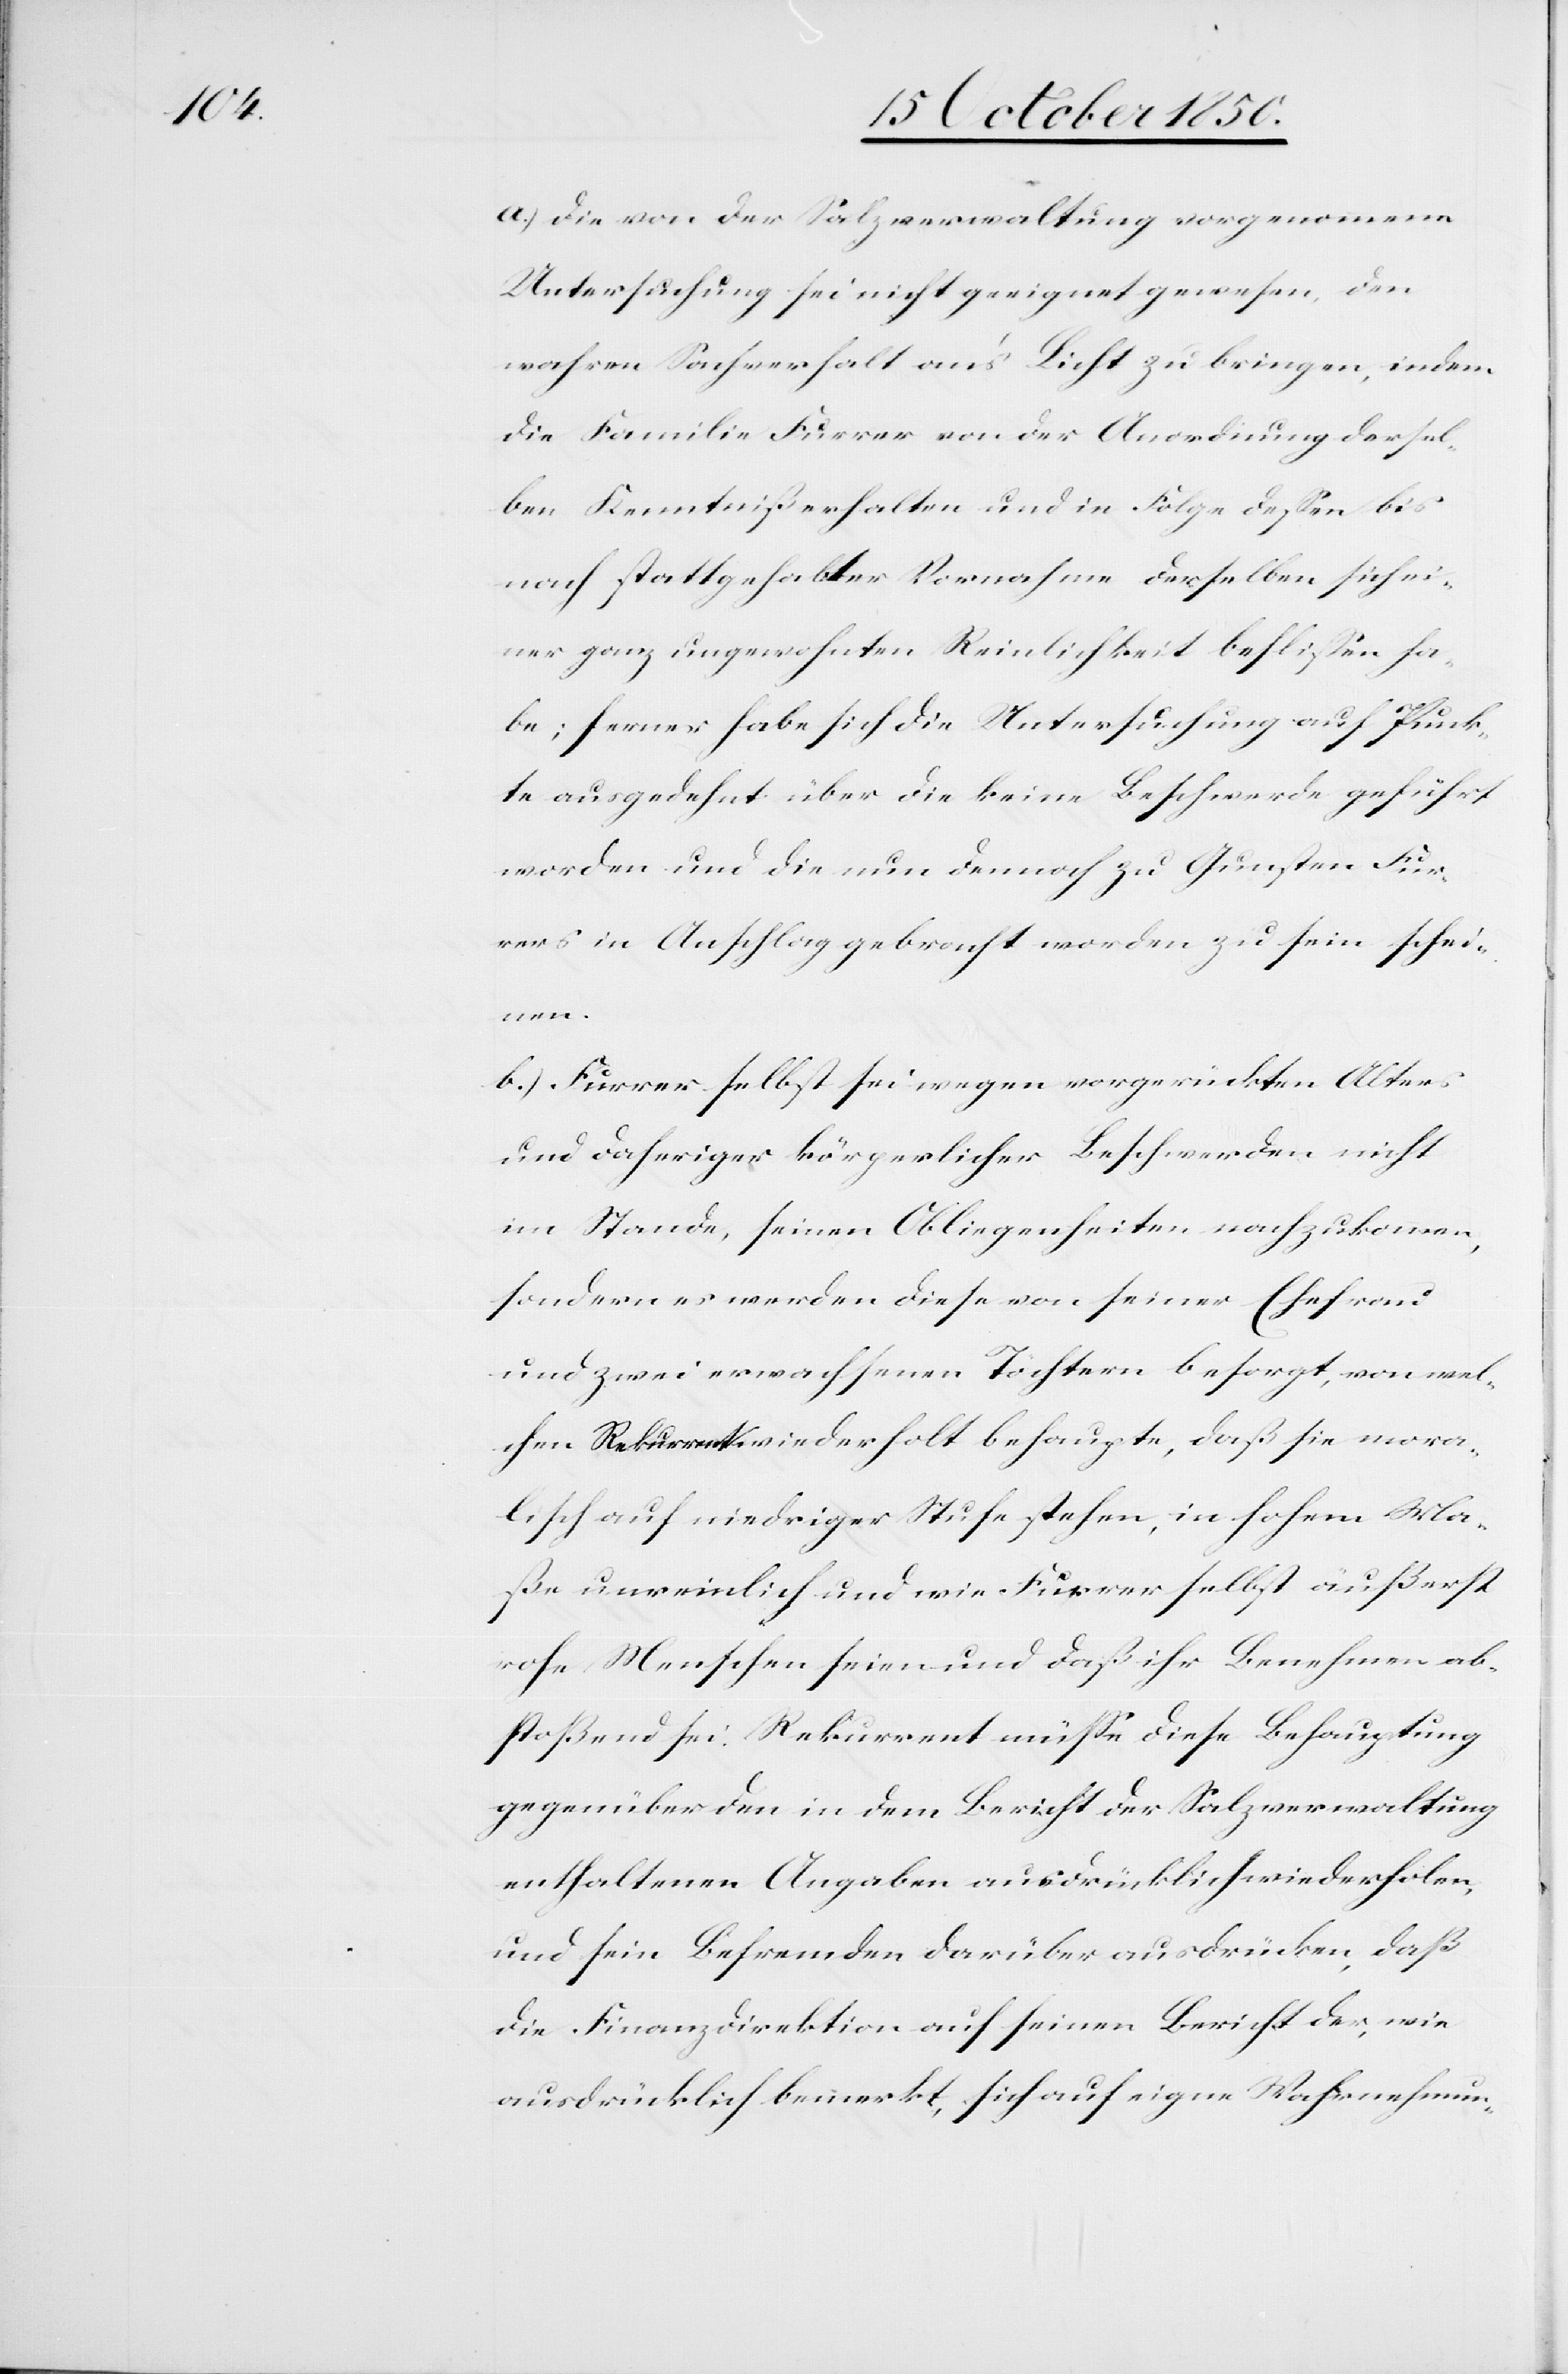
a.) Die von der Salzverwaltung vorgenommene
Untersuchung sei nicht geeignet gewesen, den
wahren Sachverhalt an’s Licht zu bringen, indem
die Familie Furrer von der Anordnung dersel¬
ben Kenntniß erhalten und in Folge dessen bis
nach stattgehabter Vornahme derselben sich ei¬
ner ganz ungewohnten Reinlichkeit beflissen ha¬
be; ferner habe sich die Untersuchung auf Punk¬
te ausgedehnt über die keine Beschwerde geführt
worden und die nun dennoch zu Gunsten Fur¬
rers in Anschlag gebracht worden zu sein schei¬
wie
b.) Furrer selbst sei wegen vorgerückten Alters
und daheriger körperlicher Beschwerden nicht
im Stande, seinen Obliegenheiten nachzukommen,
sondern es werden diese von seiner Ehefrau
und zwei erwachsenen Töchtern besorgt, von wel¬
chen Rekurrent wiederholt behaupte, daß sie mora¬
lisch auf niedriger Stufe stehen, in hohem Ma¬
ße unreinlich und wie Furrer selbst äußerst
rohe Menschen seien und daß ihr Benehmen ab¬
stoßend sei. Rekurrent müsse diese Behauptung
gegenüber den in dem Bericht der Salzverwaltung
enthaltenen Angaben ausdrücken, daß die Finan¬
ausdrücklich bemerkt, sich auf eigne Wahrnehmun-